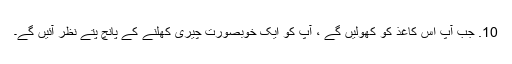
10. جب آپ اس کاغذ کو کھولیں گے ، آپ کو ایک خوبصورت چیری کھلنے کے پانچ پتے نظر آئیں گے۔